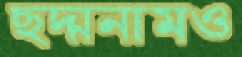
ছদ্মনামও